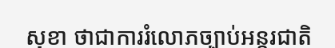
សុខា ថាជាការរំលោភច្បាប់អន្តរជាតិ